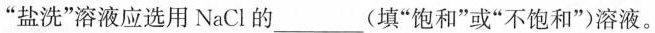
”盐洗”溶液应选用NaCl的___(填”饱和”或”不饱和”)溶液。